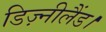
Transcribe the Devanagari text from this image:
डिज़्नीलैंड।